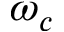
\omega _ { c }